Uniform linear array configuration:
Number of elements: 24
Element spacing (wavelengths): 0.25
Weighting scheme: exponential
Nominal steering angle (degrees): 15
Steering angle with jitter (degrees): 13.719
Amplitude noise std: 0.05
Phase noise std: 0.05

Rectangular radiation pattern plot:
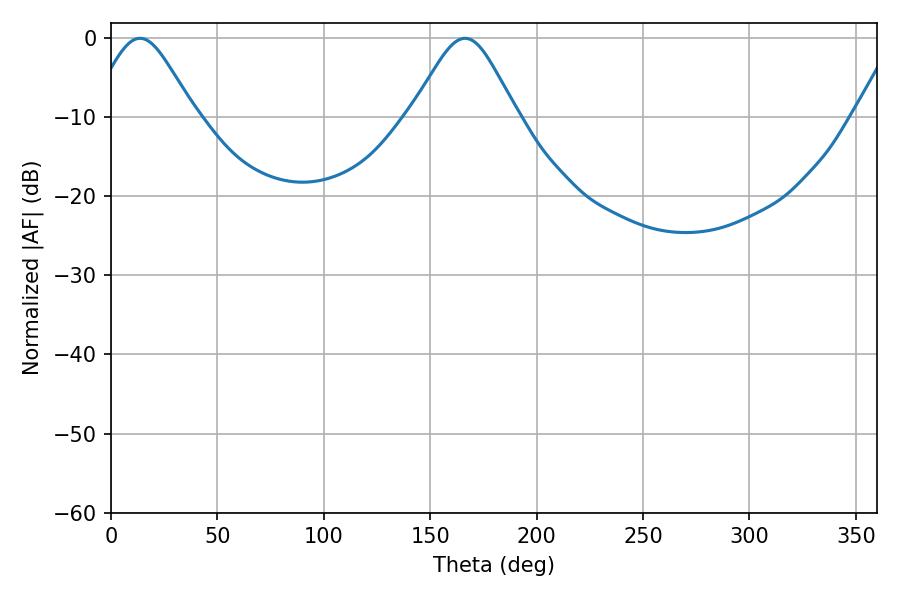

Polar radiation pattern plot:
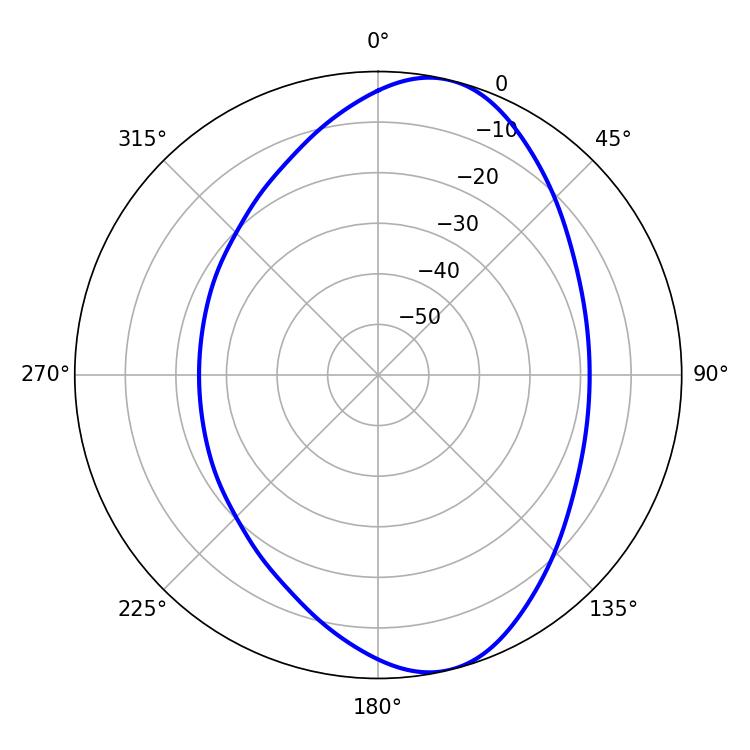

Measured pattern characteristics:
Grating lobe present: FALSE
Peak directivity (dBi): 8.942
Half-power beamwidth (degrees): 24.3
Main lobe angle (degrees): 13.68